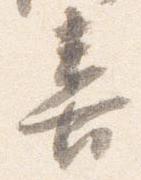
喜